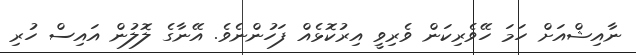
ނާއިޝްއަށް ހަމަ ހޭވެރިކަން ވެރިވީ އިރުކޮޅެއް ފަހުންނެވެ. އޭނާގެ ލޮލުން އައިސް ހުރި